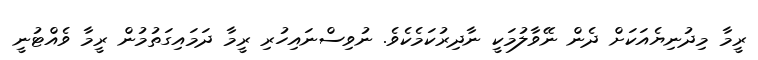
ރީމާ މިދުނިޔެއަކަށް ދެން ނޭވާލުމަކީ ނާދިރުކަމެކެވެ. ނުވިސްނައިހުރި ރީމާ ދަމައިގަތުމުން ރީމާ ވެއްޓުނީ